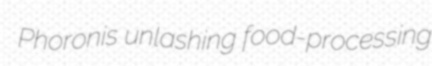
Phoronis unlashing food-processing